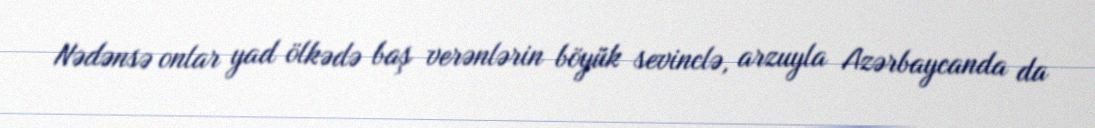
Nədənsə onlar yad ölkədə baş verənlərin böyük sevinclə, arzuyla Azərbaycanda da